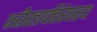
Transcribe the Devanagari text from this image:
शरीरतापत्तिरेवास्य